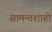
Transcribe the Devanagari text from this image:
सामन्‍तशाही